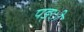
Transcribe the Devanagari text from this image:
पङ्ी